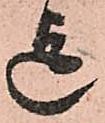
迄